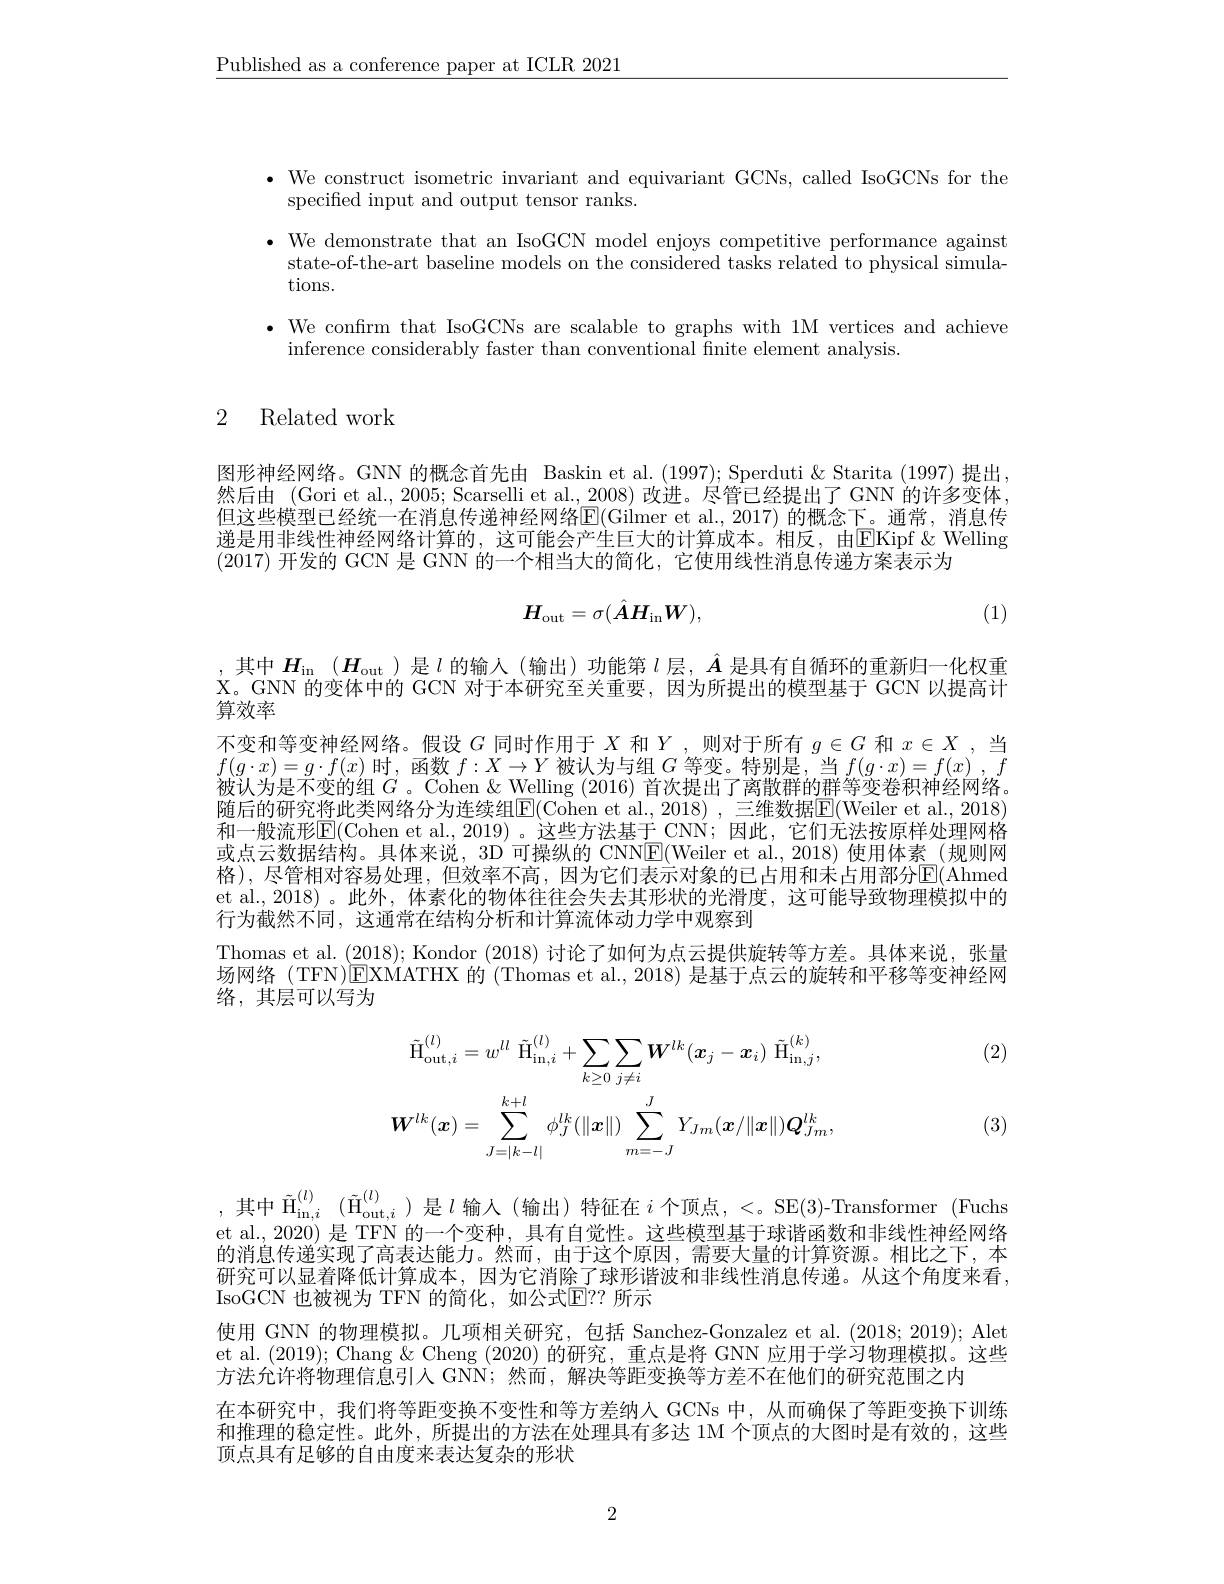
$\underline{\text{Published as a conference paper at ICLR 2021}}$

·We construct isometric invariant and equivariant GCNs, called IsoGCNs for the
specified input and output tensor ranks.
· We demonstrate that an IsoGCN model enjoys competitive performance against
state-of-the-art baseline models on the considered tasks related to physical simula-
tions.
$\bullet$ We confirm that IsoGCNs are scalable to graphs with 1M vertices and achieve
inference considerably faster than conventional finite element analysis.

## 2 Related work

图形神经网络。GNN 的概念首先由 Baskin et al.(1997);Sperduti & Starita (1997) 提出， 然后由 (Gori et al., 2005; Scarselli et al., 2008) 改进。尽管已经提出了 GNN 的许多变体但这些模型已经统一在消息传递神经网络$\overline{\mathrm{E}}($Gilmer et al., 2017) 的概念下。通常，消息传递是用非线性神经网络计算的，这可能会产生巨大的计算成本。相反，由EKipf&Welling (2017)开发的 GCN 是 GNN 的一个相当大的简化，它使用线性消息传递方案表示为
$$H_{\mathrm{out}}=\sigma(\hat{A}H_{\mathrm{in}}W),$$
(1)

其中$H_\mathrm{in}(H_\mathrm{out})$是$l$的输入(输出)功能第$l$层，$\hat{A}$是具有自循环的重新归一化权重X。GNN 的变体中的 GCN 对于本研究至关重要，因为所提出的模型基于 GCN 以提高计算效率
不变和等变神经网络。假设$G$同时作用于$X$和$Y$ ,则对于所有$g\in G$和$x\in X$ ,当$f(g\cdot x)=g\cdot f(x)$时，函数$f:X\to Y$被认为与组$G$等变。特别是，当$f(g\cdot x)=f(x)^{\prime},f$ 被认为是不变的组$G$ 。Cohen & Welling (2016) 首次提出了离散群的群等变卷积神经网络。随后的研究将此类网络分为连续组E(Cohen et al.,2018) ,三维数据E(Weiler et al., 2018) 和一般流形$\mathbb{E}($Cohen et al.,2019)。这些方法基于 CNN;因此，它们无法按原样处理网格或点云数据结构。具体来说，3D 可操纵的 CNN$\boxed{\mathrm{E}}($Weiler et al., 2018) 使用体素 (规则网格),尽管相对容易处理，但效率不高，因为它们表示对象的已占用和未占用部分E(Ahmed et al.,2018)。此外，体素化的物体往往会失去其形状的光滑度，这可能导致物理模拟中的行为截然不同，这通常在结构分析和计算流体动力学中观察到
Thomas et al. (2018); Kondor (2018)讨论了如何为点云提供旋转等方差。具体来说，张量场网络 (TFN)EXMATHX 的 (Thomas et al., 2018) 是基于点云的旋转和平移等变神经网络，其层可以写为

(2)
$$\tilde{\mathrm{H}}_{\mathrm{out},i}^{(l)}=w^{ll}\:\tilde{\mathrm{H}}_{\mathrm{in},i}^{(l)}+\sum_{k\geq0}\sum_{j\neq i}\boldsymbol{W}^{lk}(\boldsymbol{x}_{j}-\boldsymbol{x}_{i})\:\tilde{\mathrm{H}}_{\mathrm{in},j}^{(k)},\\W^{lk}(\boldsymbol{x})=\sum_{J=|k-l|}^{k+l}\phi_{J}^{lk}(\|\boldsymbol{x}\|)\sum_{m=-J}^{J}Y_{Jm}(\boldsymbol{x}/\|\boldsymbol{x}\|)\boldsymbol{Q}_{Jm}^{lk},$$
(3)

,其中$\tilde{\mathrm{H}}_{\mathrm{in},i}^{(l)}(\tilde{\mathrm{H}}_{\mathrm{out},i}^{(l)})$是$l$ 输入(输出)特征在$i$ 个顶点，<。SE(3)-Transformer(Fuchs et al., 2020) 是 TFN 的一个变种，具有自觉性。这些模型基于球谐函数和非线性神经网络的消息传递实现了高表达能力。然而，由于这个原因，需要大量的计算资源。相比之下，本研究可以显着降低计算成本，因为它消除了球形谐波和非线性消息传递。从这个角度来看， IsoGCN 也被视为 TFN 的简化，如公式$\mathbb{E}??$ 所示

使用 GNN 的物理模拟。几项相关研究，包括 Sanchez-Gonzalez et al.(2018;2019); Alet et al. (2019); Chang &Cheng (2020) 的研究，重点是将 GNN 应用于学习物理模拟。这些方法允许将物理信息引人 GNN; 然而，解决等距变换等方差不在他们的研究范围之内
在本研究中，我们将等距变换不变性和等方差纳人 GCNs 中，从而确保了等距变换下训练和推理的稳定性。此外，所提出的方法在处理具有多达 1M 个顶点的大图时是有效的，这些顶点具有足够的自由度来表达复杂的形状

2